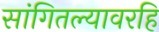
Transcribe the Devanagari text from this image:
सांगितल्यावरहि